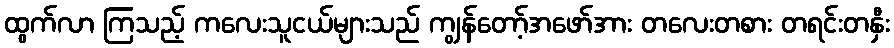
ထွက်လာ ကြသည့် ကလေးသူငယ်များသည် ကျွန်တော့်အဖော်အား တလေးတစား တရင်းတနှီး